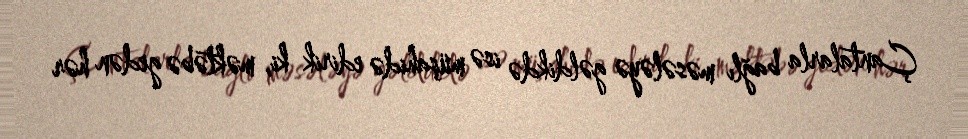
Çantalarla bağlı məsələyə gəldikdə isə müşahidə edirik ki, məktəbə gedən hər